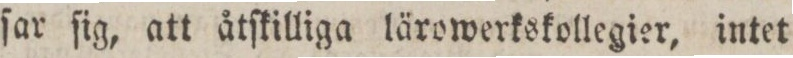
ſar ſig, att åtſkilliga lärowerkskollegier, intet